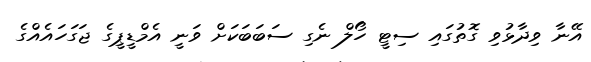
އޭނާ ވިދާޅުވި ގޮތުގައި ސިޓީ ހޯލް ނެގި ސަބަބަކަށް ވަނީ އެމްޑީޕީގެ ޖަގަހައެއްގެ